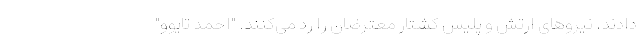
دادند. نیروهای ارتش و پلیس کشتار معترضان را رد می‌کنند. "احمد تایوو"